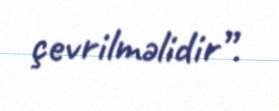
çevrilməlidir”.